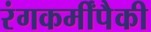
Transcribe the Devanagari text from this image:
रंगकर्मींपैकी